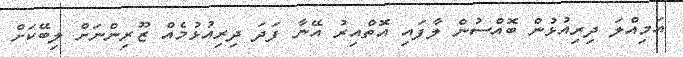
އަމިއްލަ ދިރިއުޅުން ބޮއްސުން ލާފައި އޮތްއިރު އޭނާ ފަދަ ދިރިއުޅުމެއް ޒޫރިންނަށް ލިބޭކަށް